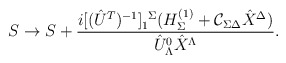
\begin{align*}S\to S+{{i[(\hat{U}^T)^{-1}]^{\ \Sigma}_1(H^{(1)}_{\Sigma}+{\cal C}_{\Sigma\Delta}\hat{X}^{\Delta})}\over{\hat{U}^0_{\Lambda}\hat{X}^{\Lambda}}}.\end{align*}